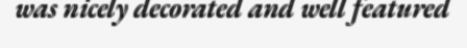
was nicely decorated and well featured